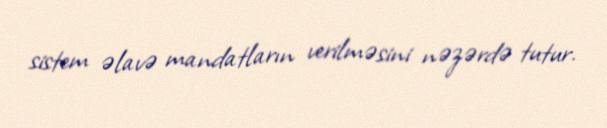
sistem əlavə mandatların verilməsini nəzərdə tutur.